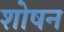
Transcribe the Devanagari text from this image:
शोषन